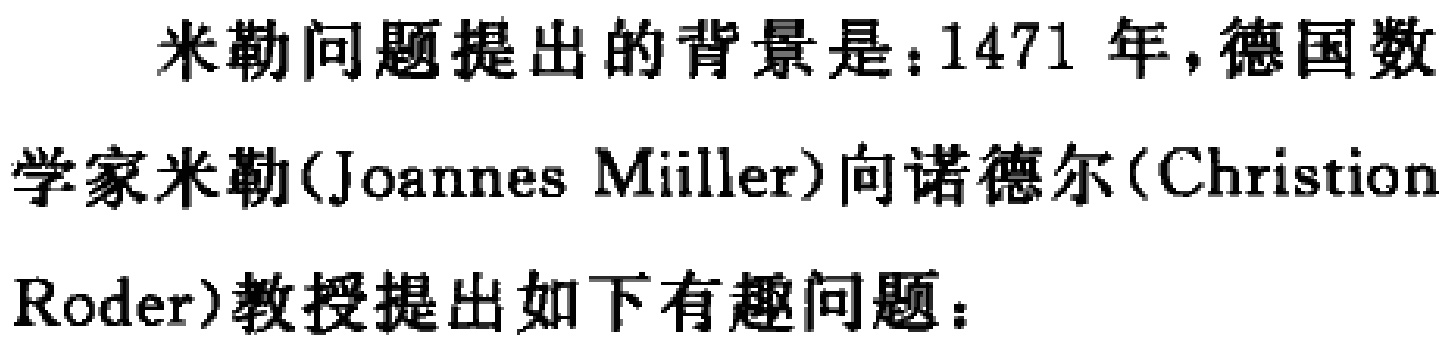
米勒问题提出的背景是：1471 年，德国数学家米勒(Joannes Müller)向诺德尔(Christion Roder)教授提出如下有趣问题：